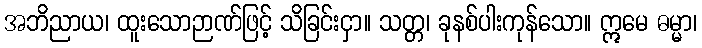
အဘိညာယ၊ ထူးသောဉာဏ်ဖြင့် သိခြင်းငှာ။ သတ္တ၊ ခုနစ်ပါးကုန်သော။ ဣမေ ဓမ္မာ၊